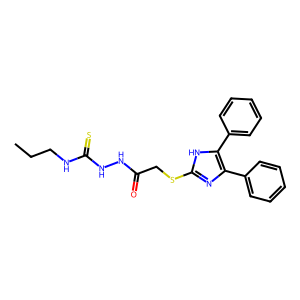
SMILES: CCCNC(=S)NNC(=O)CSc1nc(-c2ccccc2)c(-c2ccccc2)[nH]1
Inhibits HIV replication: No